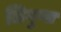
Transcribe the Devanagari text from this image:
त्रिगुणा